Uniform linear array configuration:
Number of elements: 24
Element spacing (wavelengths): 1
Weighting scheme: kaiser
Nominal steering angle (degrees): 45
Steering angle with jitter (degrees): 46.336
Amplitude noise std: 0.05
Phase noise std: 0.05

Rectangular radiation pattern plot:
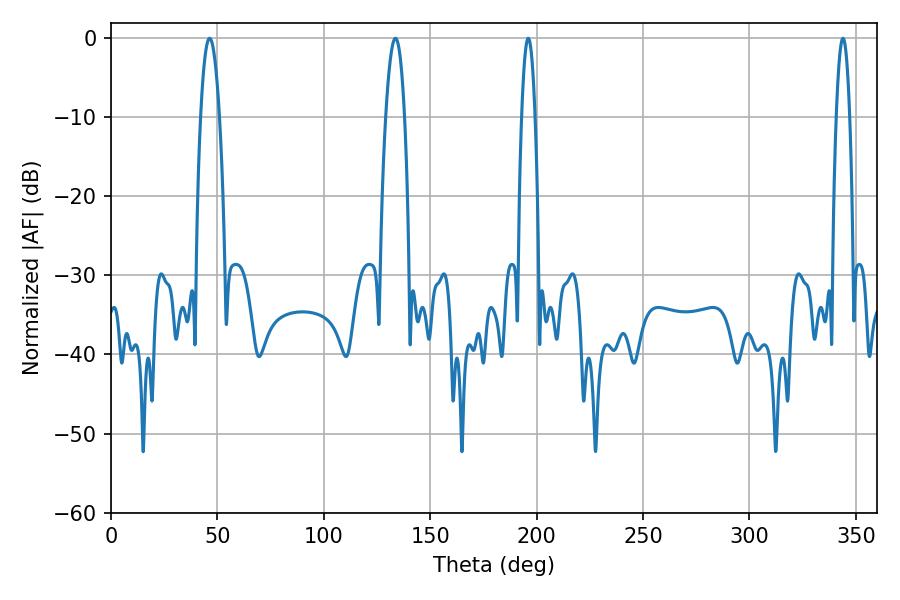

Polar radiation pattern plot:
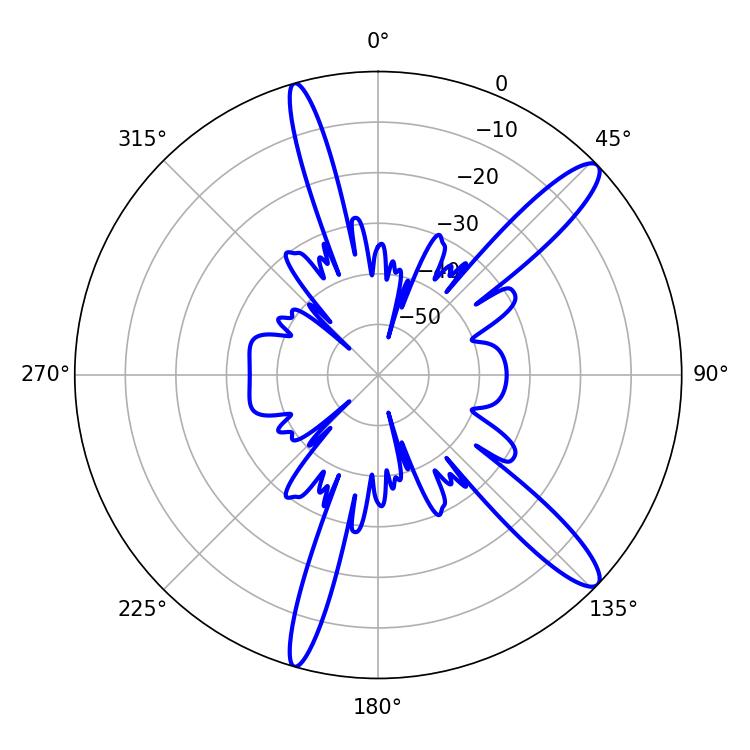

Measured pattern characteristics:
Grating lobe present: TRUE
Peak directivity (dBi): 13.142
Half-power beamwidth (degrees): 3.42
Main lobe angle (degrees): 196.02